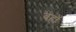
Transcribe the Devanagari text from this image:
बहाँ